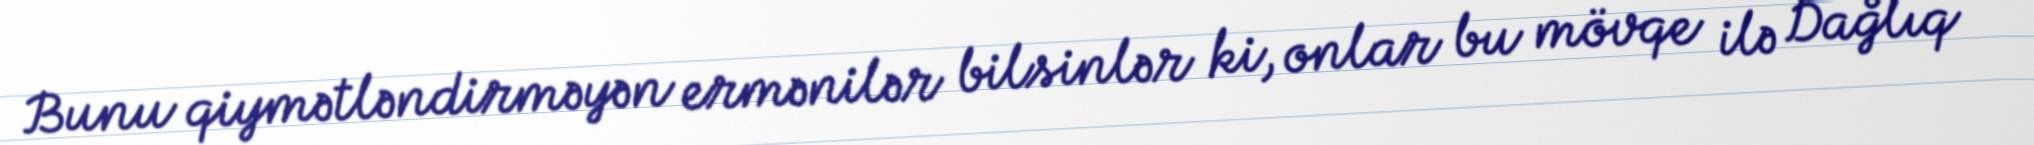
Bunu qiymətləndirməyən ermənilər bilsinlər ki, onlar bu mövqe ilə Dağlıq